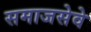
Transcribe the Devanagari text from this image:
समाजसेवे